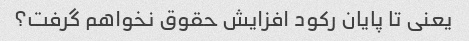
یعنی تا پایان رکود افزایش حقوق نخواهم گرفت؟